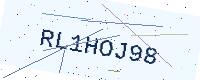
Text: RL1HOJ98